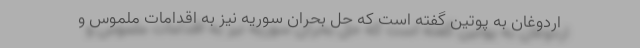
اردوغان به پوتین گفته است که حل بحران سوریه نیز به اقدامات ملموس و